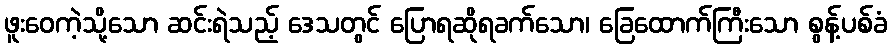
ဖူးဝေကဲ့သို့သော ဆင်းရဲသည့် ဒေသတွင် ပြောရဆိုရခက်သော၊ ခြေထောက်ကြီးသော စွန့်ပစ်ခံ